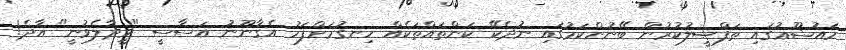
މައުޟޫޢުގައި ތަފްޞީލުކުރުން ބޭނުންކަމުގައި ނުދެކޭ ކަންތައްތަކެއް ހިނގުމަށްފަހު އެޤާނޫނު އަސާސީ "ވީދާލެވުނީ" އާދެ!